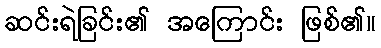
ဆင်းရဲခြင်း၏ အကြောင်း ဖြစ်၏။